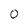
Character: O